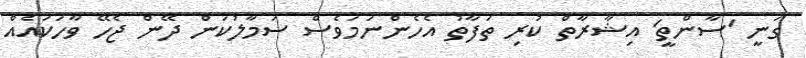
ގަނީ 'ސާންތީ' އިޝާރާތް ކުރި ތަފާތު އެހެންނަމަވެސް ސަމާލުކަން ދޭން ޖެހޭ ވާހަކައެއް